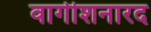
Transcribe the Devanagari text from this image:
वागीशनारद